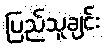
ပြည်သူချင်း